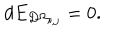
LaTeX: d E _ { D \Omega _ { i , j } } = 0 .